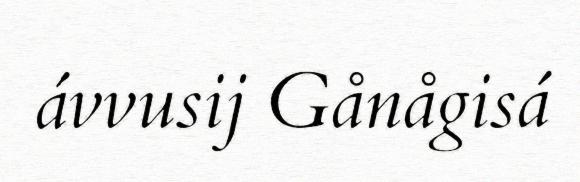
ávvusij Gånågisá